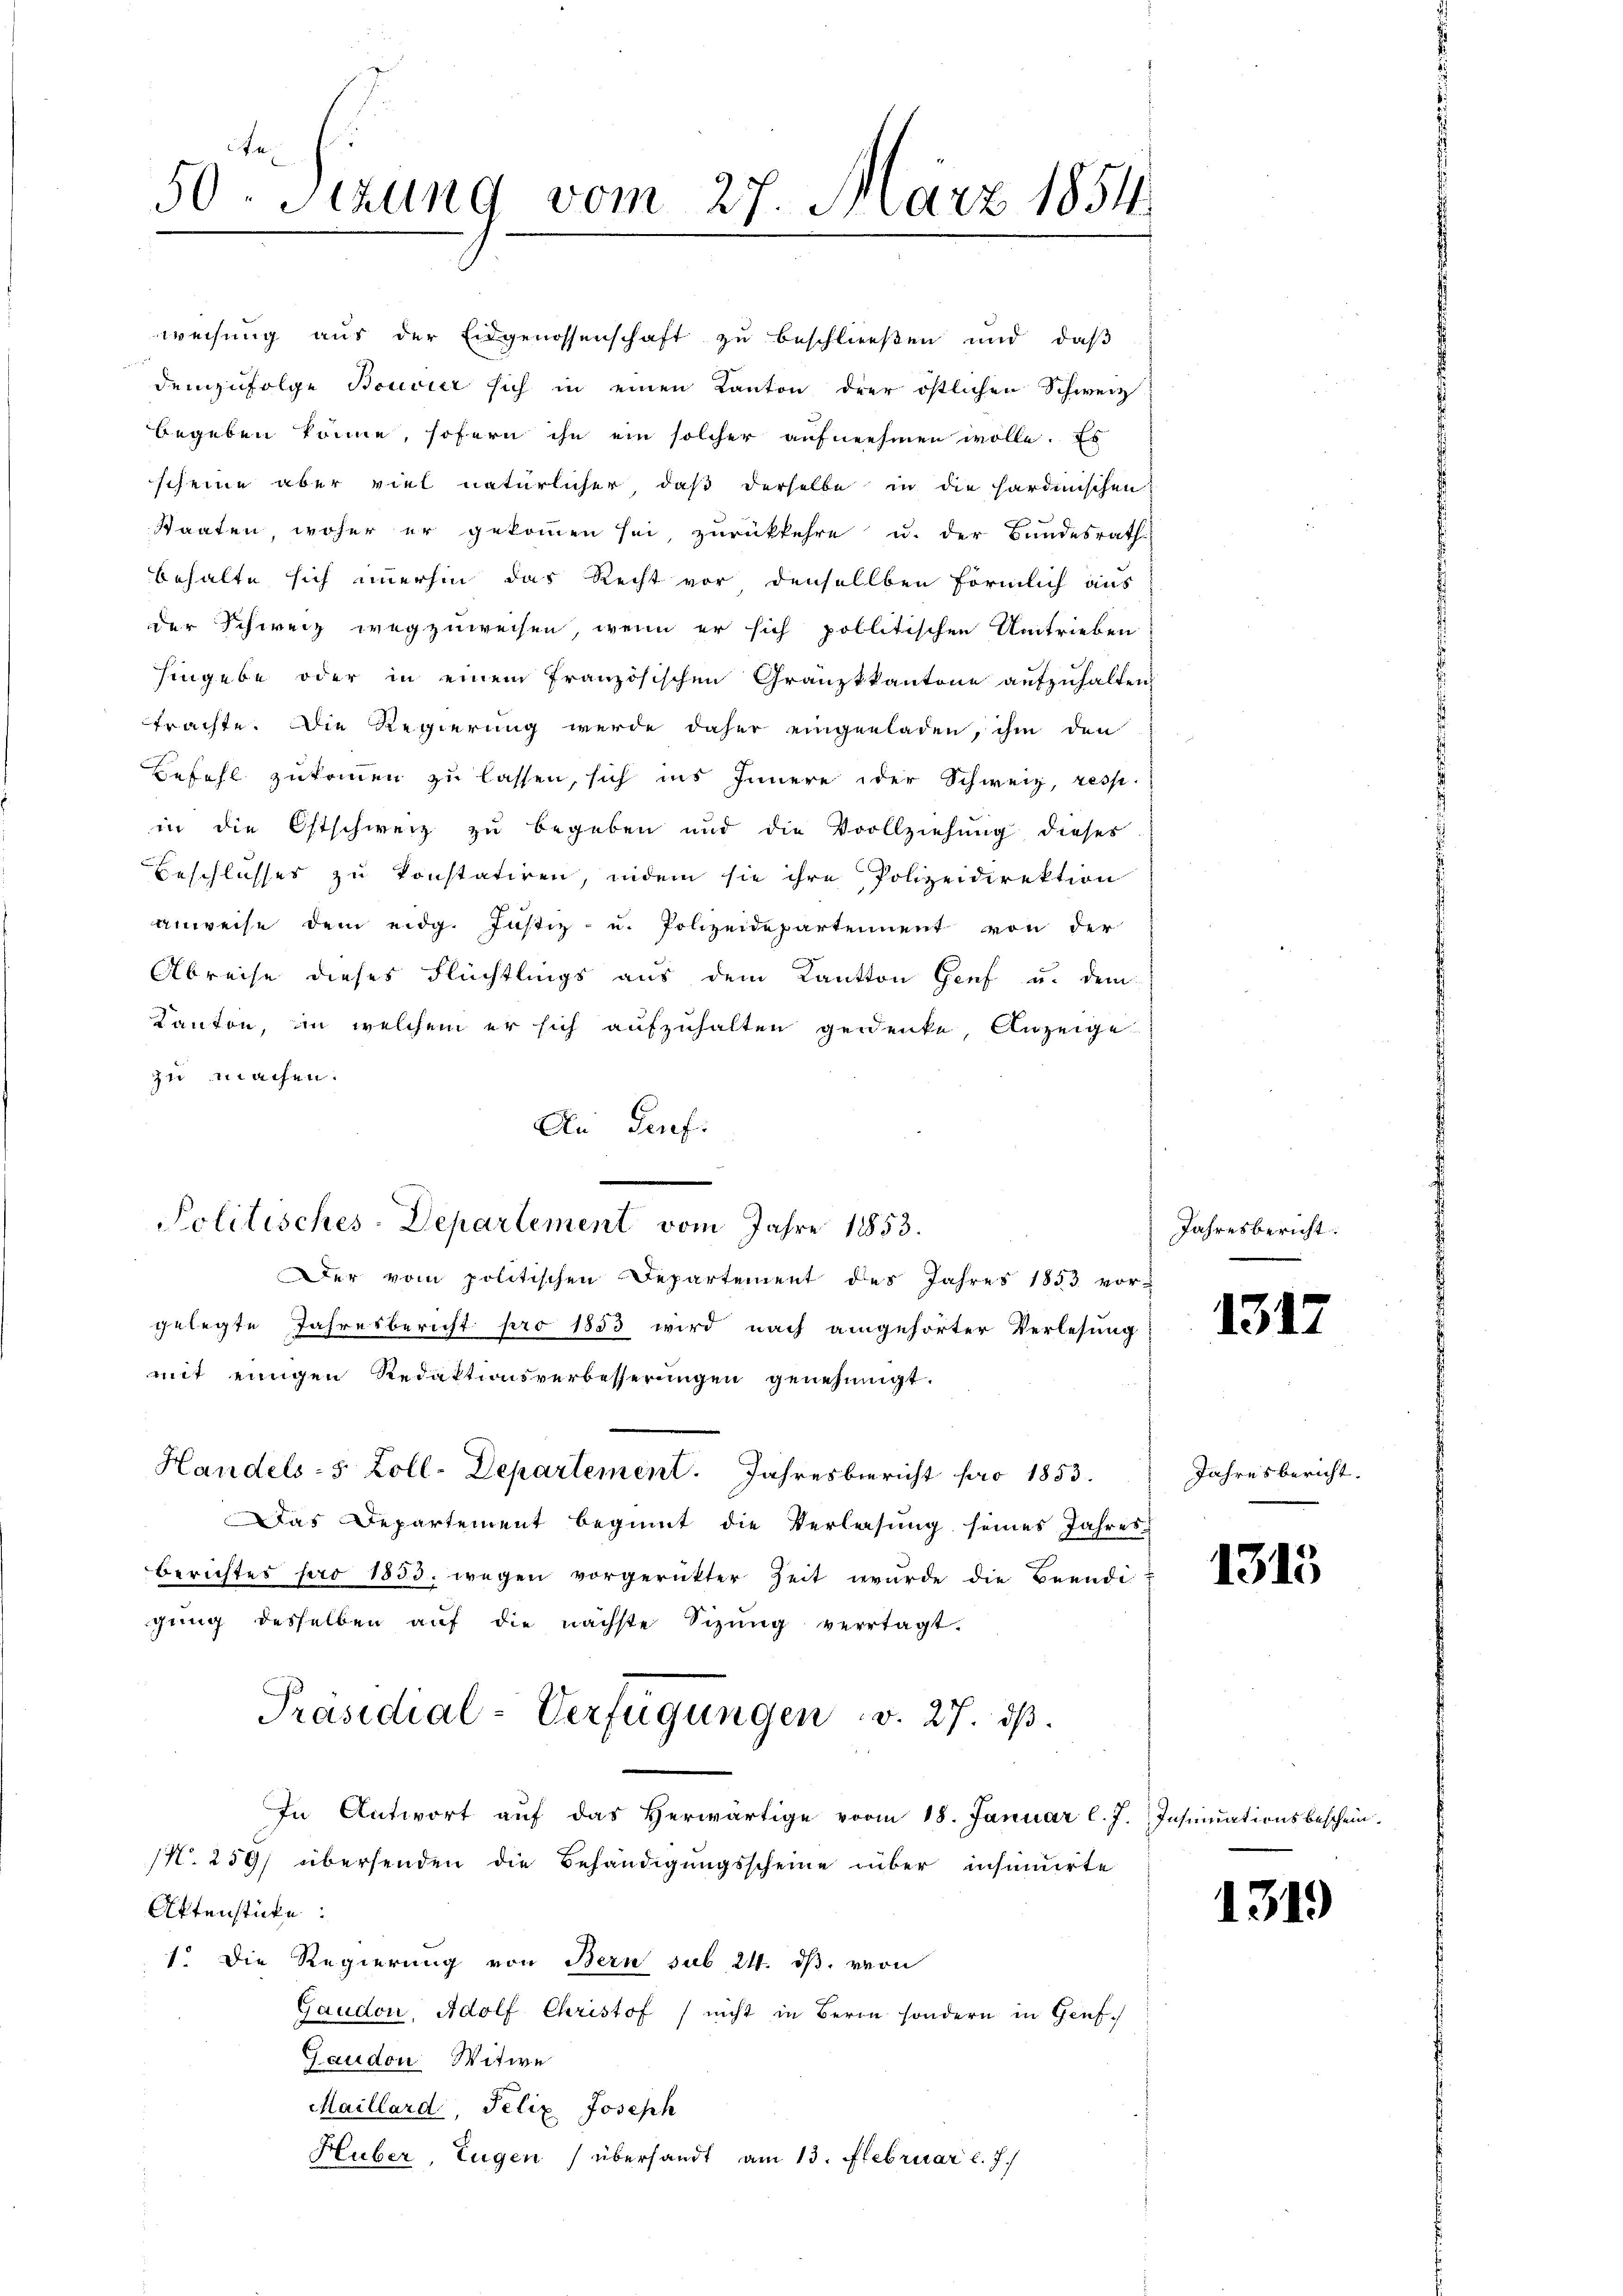
50 sezung vom 27. März 1854.

Handels- 5 Zoll-Departement. Jahresbericht pro 1853.
Das Departement beginnt die Verlesung seines Jahres-
Berichtes pro 1853. wegen vorgerückter Zeit wurde die Beendigŭng desselben aŭf die nächste Sizŭng verrtagt.
Präsidial-Verfügungen v. 27. dβ.
In Antwort aŭf das herwärtige vom 18. Januar l. J. Insinuationsbeschein.
N. 259, übersenden die Behändigungsscheine über insinirte
Aktenstücke:
1. Die Regierung von Bern sub 24. ds. von
Gaudon, Adolf Christof / nicht in Bern sondern in Genf
Gaudon Witwe
Maillard, Felix Joseph
Huber Eugen übersandt am 13. Februar l. J.

weisung aus der Eidgenossenschaft zu beschließen und daß
demzufolge Bouvier sich in einen Kanton der östlichen Schweiz
begeben könne, sofern ihn ein solcher aufnehmen wolle. Es
scheine aber viel natürlicher, daß derselbe in die sardinischen
Staaten, woher er gekommen sei, zurückkehre u. der Bundesrath
behalte sich immerhin das Recht vor denselben förmlich aus
der Schweiz wegzuweisen, wenn er sich politischen Umtrieben
hingebe oder in einem französischen Granzkkantone aufzuhalten
trachte. Die Regierung werde daher eingeladen, ihm den
Befehl zukommen zu lassen, sich ins Innere oder Schweiz, resp.
in die Ostschweiz zu begeben und die Vollziehung dieser
Beschlusses zu konstatiren, indem sie ihre Polizeidirektion
anweise dem eidg. Justiz- u. Polizeidepartennent von der
Abreise dieses Flüchtlings aus dem Kanton Genf u. dem
Kanton, in welchem er sich aufzuhalten gedenke, Anzeige
zu machen.
An Genf.
Politisches-Departement vom Jahre 1853.
Der vom politischen Departement des Jahres 1853 vor-
gelegte Jahresbericht pro 1853 wird nach angehörter Verlesung
mit einigen Redaktionsverbesserungen genehmigt.

Jahresbericht:

1317

Jahresbericht.

1315

1319